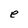
Character: e